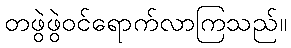
တဖွဲဖွဲဝင်ရောက်လာကြသည်။